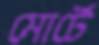
মোর্টে